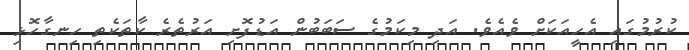
ކުރުމުގައި އެހީއަކަށް ވެއެވެ. އަދި މިކަމުގެ ސަބަބުން އަޑުފޮށި އަރުތެރެ ކާތަކެތި ހިނގާހޮޅި